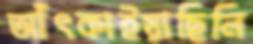
আঁৎকাইয়াছিলি